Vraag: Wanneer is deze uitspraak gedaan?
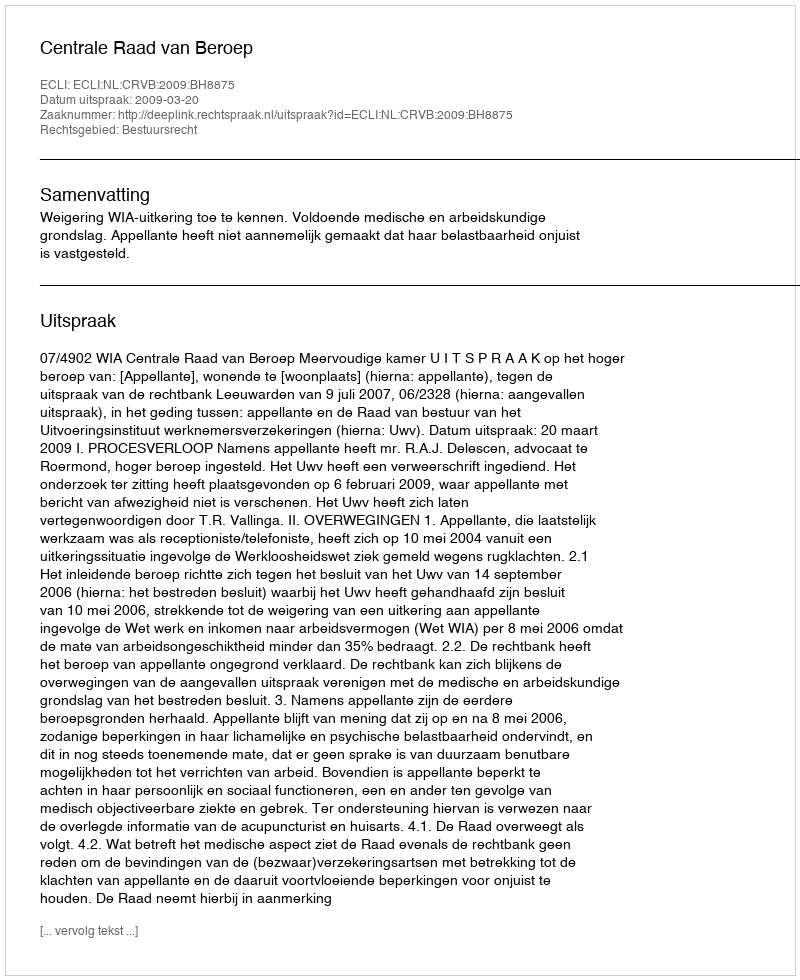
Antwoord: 2009-03-20